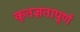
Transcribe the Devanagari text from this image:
कृतज्ञतापूर्ण